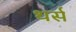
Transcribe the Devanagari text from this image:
थर्स